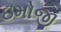
ઇમોજી